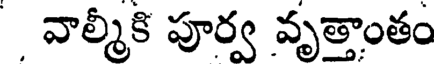
వాల్మీకి పూర్వ వృత్తాంతం